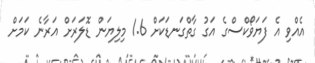
އެއްވި އެ ފަޔަވޯކްސްގެ އަގު ގާތްގަނޑަކަށް 1.6 މިލިޔަން ޑޮލަރަށް އަރާނެ ކަމަށް